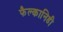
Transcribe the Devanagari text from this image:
फैल्कानिडी